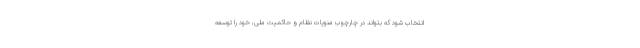
انتخاب شود که بتواند در چارچوب منویات نظام و حاکمیت ملی، خود را توسعه